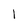
Character: 1